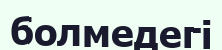
болмедегі